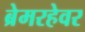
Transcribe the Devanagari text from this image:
ब्रेमरहेवर